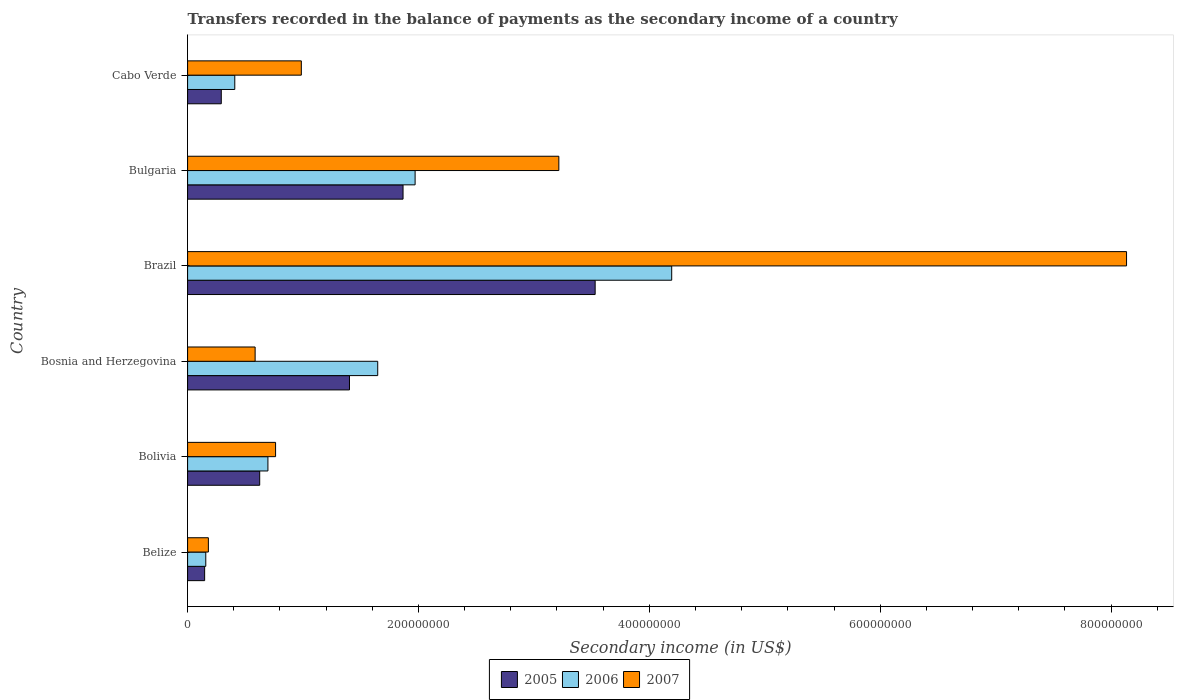
| Country | 2005 | 2006 | 2007 |
 | --- | --- | --- | --- |
 | Belize | 1.48e+07 | 1.58e+07 | 1.8e+07 |
 | Bolivia | 6.25e+07 | 6.96e+07 | 7.62e+07 |
 | Bosnia and Herzegovina | 1.4e+08 | 1.65e+08 | 5.85e+07 |
 | Brazil | 3.53e+08 | 4.19e+08 | 8.13e+08 |
 | Bulgaria | 1.87e+08 | 1.97e+08 | 3.22e+08 |
 | Cabo Verde | 2.92e+07 | 4.09e+07 | 9.85e+07 |